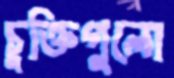
চুক্তিগুলো